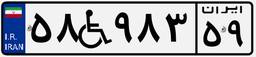
۵۸W۹۸۳۵۹